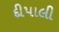
દીપાલી